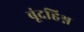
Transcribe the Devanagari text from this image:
बूंदहिश्न